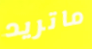
ماتريد